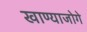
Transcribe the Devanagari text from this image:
खाण्याजोगे